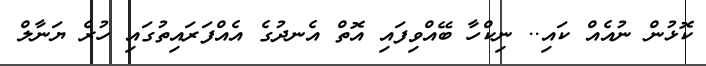
ކޮޅުން ނުއެއް ކައި.. ނިކްހާ ބޭއްވިފައި އޮތް އެނދުގެ އެއްފަރައިތުގައި ހުރެ ޔަނާލް